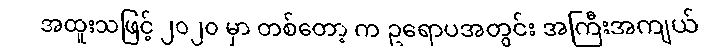
အထူးသဖြင့် ၂၀၂၀ မှာ တစ်တော့ က ဥရောပအတွင်း အကြီးအကျယ်